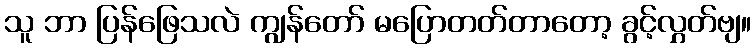
သူ ဘာ ပြန်ဖြေသလဲ ကျွန်တော် မပြောတတ်တာတော့ ခွင့်လွှတ်ဗျ။